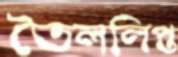
তৈললিপ্ত